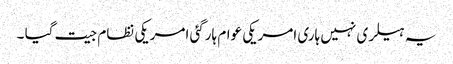
یہ ہیلری نہیں ہاری امریکی عوام ہارگئی امریکی نظام جیت گیا ۔